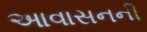
આવાસનની